Report of the Indian Hemp Drugs Commission, 1894-1895 - Volume V
Year: 1894
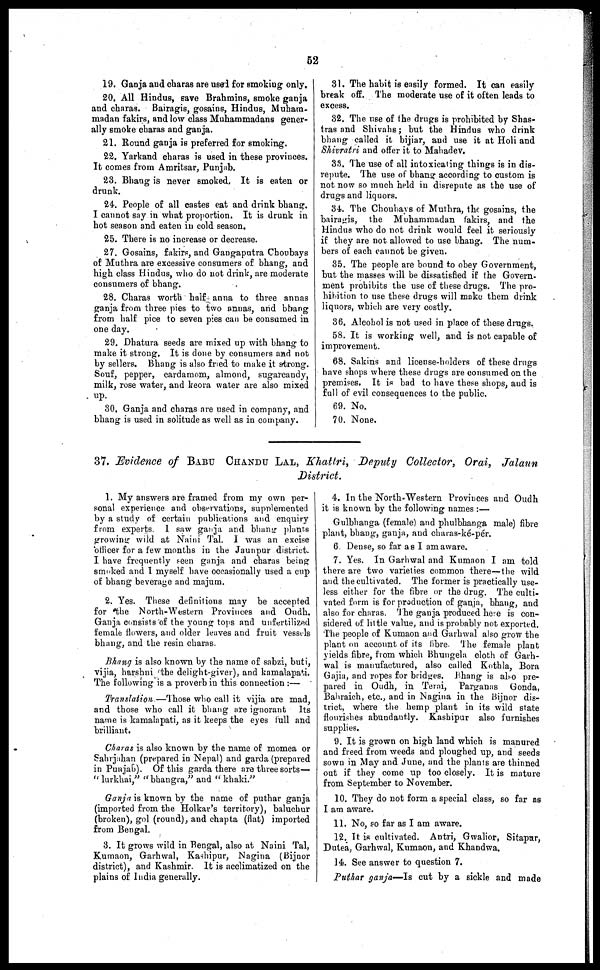
52
19. Ganja aud charas are used for smoking only.
20. All Hindus, save Brahmins, smoke ganja
and charas. Bairagis, gosains, Hindus, Muham-
madan fakirs, and low class Muhammadans gener-
ally smoke charas and ganja.
21. Round ganja is preferred for smoking.
22. Yarkand charas is used in these provinces.
It comes from Amritsar, Punjab.
23. Bhang is never smoked. It is eaten or
drunk.
24. People of all castes eat and drink bhang.
I cannot say in what proportion. It is drunk in
hot season and eaten in cold season.
25. There is no increase or decrease.
27. Gosains, fakirs, and Gangaputra Choubays
of Muthra are excessive consumers of bhang, and
high class Hindus, who do not drink, are moderate
consumers of bhang.
28. Charas worth half anna to three annas
ganja from three pies to two annas, arid bhang
from half pice to seven pies can be consumed in
one day.
29. Dhatura seeds are mixed up with bhang to
make it strong. It is done by consumers and not
by sellers. Bhang is also fried to make it strong.
Souf, pepper, cardamom, almond, sugarcandy,
milk, rose water, and keora water are also mixed
up.
30. Ganja and charas are used in company, and
bhang is used in solitude as well as in company.
31. The habit is easily formed. It can easily
break off. The moderate use of it often leads to
excess.
32. The use of the drugs is prohibited by Shas-
tras and Shivahs ; but the Hindus who drink
bhang called it bijiar, and use it at Holi and
Shivratri and offer it to Mahadev.
33. The use of all intoxicating things is in dis-
repute. The use of bhang according to custom is
not now so much held in disrepute as the use of
drugs and liquors.
34. The Choubays of Muthra, the gosains, the
bairagis, the Muhammadan fakirs, and the
Hindus who do not drink would feel it seriously
if they are not allowed to use bhang. The num-
bers of each cannot be given.
35. The people are bound to obey Government,
but the masses will be dissatisfied if the Govern-
ment prohibits the use of these drugs. The pro-
hibition to use these drugs will make them drink
liquors, which are very costly.
36. Alcohol is not used in place of these drugs.
58. It is working well, and is not capable of
improvement.
68. Sakins and license-holders of these drugs
have shops where these drugs are consumed on the
premises. It is bad to have these shops, and is
full of evil consequences to the public.
69. No.
70. None.
37. Evidence of BABU CHANDU LAL, Khattri, Deputy Collector, Orai, Jalaun
District.
1. My answers are framed from my own per-
sonal experience and observations, supplemented
by a study of certain publications and enquiry
from experts. 1 saw ganja and bhang plants
growing wild at Naini Tal. I was an excise
officer for a few months in the Jaunpur district.
I have frequently seen ganja and charas being
smoked and I myself have occasionally used a cup
of bhang beverage and majum.
2. Yes. These definitions may be accepted
for the North-Western Provinces and Oudh.
Ganja consists of the young tops and unfertilized
female flowers, and older leaves and fruit vessels
bhang, and the resin charas.
Bhang is also known by the name of sabzi, buti,
vijia, harshni (the delight-giver), and kamalapati.
The following is a proverb in this connection :—
Translation.—Those who call it vijia are mad,
and those who call it bhang are ignorant Its
name is kamalapati, as it keeps the eyes full and
brilliant.
Charas is also known by the name of momea or
Sabrjahan (prepared in Nepal) and garda (prepared
in Punjab). Of this garda there are three sorts—
"lurkhai," "bhangra," and "khaki."
Ganja is known by the name of puthar ganja
(imported from the Holkar's territory), baluchur
(broken), gol (round), and chapta (flat) imported
from Bengal.
3. It grows wild in Bengal, also at Naini Tal,
Kumaon, Garhwal, Kashipur, Nagina (Bijnor
district), and Kashmir. It is acclimatized on the
plains of India generally.
4. In the North-Western Provinces and Oudh
it is known by the following names :—
Gulbhanga (female) and phulbhanga male) fibre
plant, bhang, ganja, and charas-ké-per.
6. Dense, so far as I am aware.
7. Yes. In Garhwal and Kumaon I am told
there are two varieties common there—the wild
and the cultivated. The former is practically use-
less either for the fibre or the drug. The culti-
vated form is for production of ganja, bhang, and
also for charas. The ganja produced here is con-
sidered of little value, and is probably not exported.
The people of Kumaon and Garhwal also grow the
plant on account of its fibre. The female plant
yields fibre, from which Bhungela cloth of Garh-
wal is manufactured, also called Kothla, Bora
Gajia, and ropes for bridges. Bhang is also pre-
pared in Oudh, in Terai, Parganas Gonda,
Bahraich, etc., and in Nagina in the Bijnor dis-
trict, where the hemp plant in its wild state
flourishes abundantly. Kashipur also furnishes
supplies.
9. It is grown on high land which is manured
and freed from weeds and ploughed up, and seeds
sown in May and June, and the plants are thinned
out if they come up too closely. It is mature
from September to November.
10. They do not form a special class, so far as
I am aware.
11. No, so far as I am aware.
12. It is cultivated. Antri, Gwalior, Sitapar,
Dutea, Garhwal, Kumaon, and Khandwa.
14. See answer to question 7.
Puthar ganja—Is cut by a sickle and made